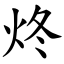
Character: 炵